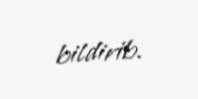
bildirib.